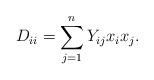
LaTeX: \begin{align*} D_{ii} = \sum_{j=1}^n Y_{ij}x_ix_j.\end{align*}